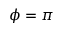
\phi = \pi